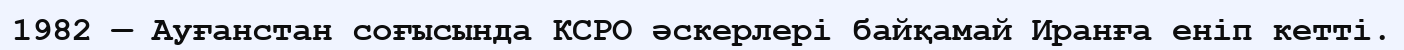
1982 — Ауғанстан соғысында КСРО әскерлері байқамай Иранға еніп кетті.